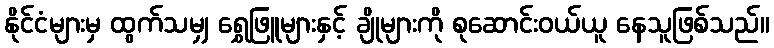
နိုင်ငံများမှ ထွက်သမျှ ရွှေဖြူများနှင့် ချိုများကို စုဆောင်းဝယ်ယူ နေသူဖြစ်သည်။